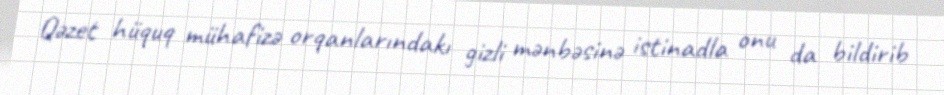
Qəzet hüquq mühafizə orqanlarındakı gizli mənbəsinə istinadla onu da bildirib